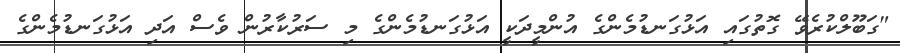
"ގަބޫލްކުރެވޭ ގޮތުގައި އަޅުގަނޑުމެންގެ އުންމީދަކީ އަޅުގަނޑުމެންގެ މި ސަރުކާރުން ވެސް އަދި އަޅުގަނޑުމެންގެ